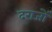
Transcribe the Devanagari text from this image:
दराजों